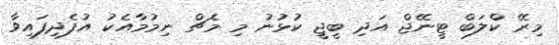
މިރޭ ކްލަބް ޓީނޭޖް އަދި ބީޖީ ކުޅުނު މި މެޗް ނިމުމާއެކު އުފެދިފައިވާ